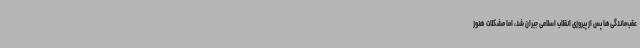
عقب‌ماندگی‌ها پس از پیروزی انقلاب اسلامی جبران شد، اما مشکلات هنوز